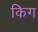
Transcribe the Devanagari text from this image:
किग